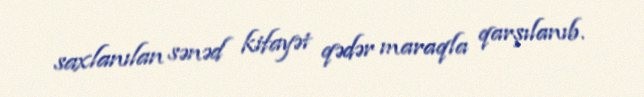
saxlanılan sənəd kifayət qədər maraqla qarşılanıb.